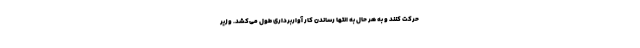
حرکت کنند و به هر حال به انتها رساندن کار آواربرداری طول می‌کشد. وزیر